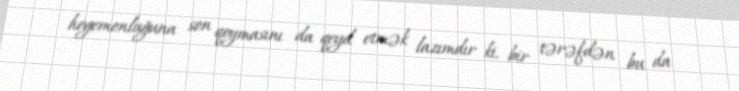
hegemonluğuna son qoymasını da qeyd etmək lazımdır ki, bir tərəfdən bu da